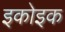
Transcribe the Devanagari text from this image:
इकोइक